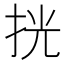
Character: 挄